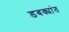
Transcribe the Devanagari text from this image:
डबक्यांत